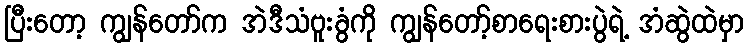
ပြီးတော့ ကျွန်တော်က အဲဒီသံဗူးခွံကို ကျွန်တော့်စာရေးစားပွဲရဲ့ အံဆွဲထဲမှာ